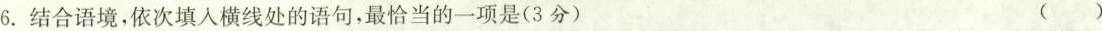
6.结合语境，依次填入横线处的语句，最恰当的一项是(3分) ( )